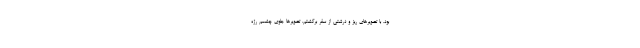
بود. با تصویرهای ریز و درشتی از سفر برگشتم. تصویرها جلوی چشمم رژه